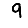
Digit: 9